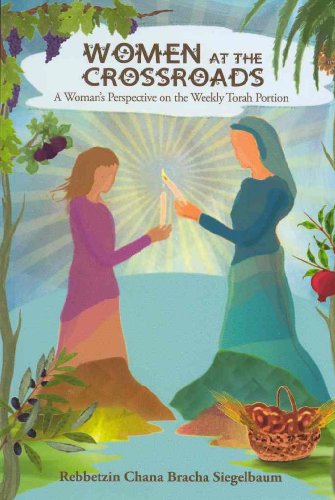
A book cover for Women at the Crossroads: A Woman's Perspective on the Weekly Torah Portion; Chana Bracha Siegelbaum; Religion & Spirituality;